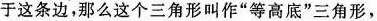
于这条边，那么这个三角形叫作”等高底”三角形，